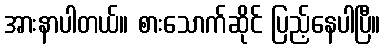
အားနာပါတယ်။ စားသောက်ဆိုင် ပြည့်နေပါပြီ။